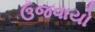
ઉજવાયો